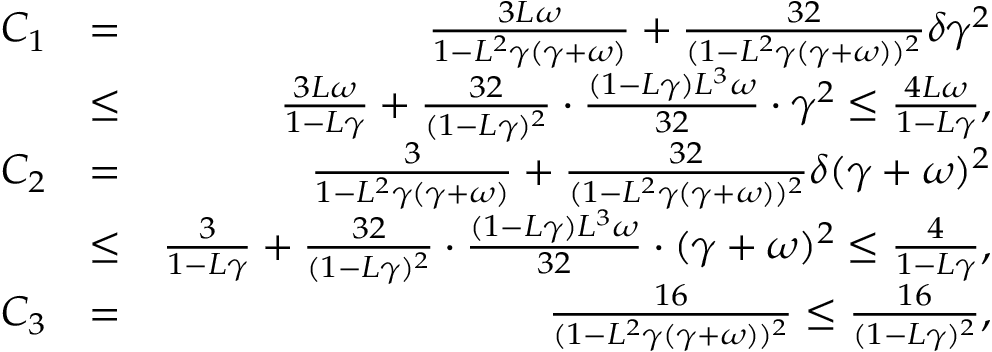
\begin{array} { r l r } { C _ { 1 } } & { = } & { \frac { 3 L \omega } { 1 - L ^ { 2 } \gamma ( \gamma + \omega ) } + \frac { 3 2 } { ( 1 - L ^ { 2 } \gamma ( \gamma + \omega ) ) ^ { 2 } } \delta \gamma ^ { 2 } } \\ & { \leq } & { \frac { 3 L \omega } { 1 - L \gamma } + \frac { 3 2 } { ( 1 - L \gamma ) ^ { 2 } } \cdot \frac { ( 1 - L \gamma ) L ^ { 3 } \omega } { 3 2 } \cdot \gamma ^ { 2 } \leq \frac { 4 L \omega } { 1 - L \gamma } , } \\ { C _ { 2 } } & { = } & { \frac { 3 } { 1 - L ^ { 2 } \gamma ( \gamma + \omega ) } + \frac { 3 2 } { ( 1 - L ^ { 2 } \gamma ( \gamma + \omega ) ) ^ { 2 } } \delta ( \gamma + \omega ) ^ { 2 } } \\ & { \leq } & { \frac { 3 } { 1 - L \gamma } + \frac { 3 2 } { ( 1 - L \gamma ) ^ { 2 } } \cdot \frac { ( 1 - L \gamma ) L ^ { 3 } \omega } { 3 2 } \cdot ( \gamma + \omega ) ^ { 2 } \leq \frac { 4 } { 1 - L \gamma } , } \\ { C _ { 3 } } & { = } & { \frac { 1 6 } { ( 1 - L ^ { 2 } \gamma ( \gamma + \omega ) ) ^ { 2 } } \leq \frac { 1 6 } { ( 1 - L \gamma ) ^ { 2 } } , } \end{array}